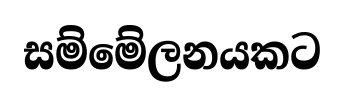
සම්මේලනයකට